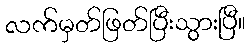
လက်မှတ်ဖြတ်ပြီးသွားပြီ။